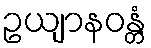
ဥယျာနဝန္တံ